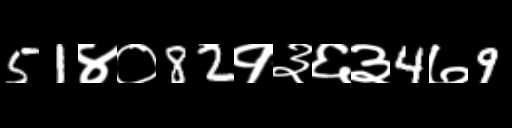
Text: 51४०82१३६३4७9